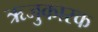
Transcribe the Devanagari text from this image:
ऋजुकारक